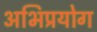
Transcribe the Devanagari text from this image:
अभिप्रयोग